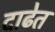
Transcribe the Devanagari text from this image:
दाढेत